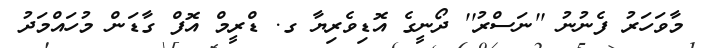
މާވަހަރު ފެނުނު ''ނަސްރު'' ދޯނީގެ އޮޑިވެރިޔާ ގ. ޑްރީމް އޮފް ގާޑަން މުހައްމަދު